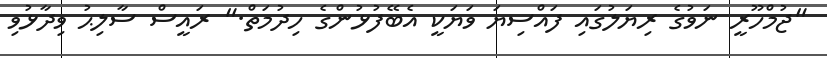
"ޖުމްހޫރީ ނަވުގެ ރިޔަލުގައި ފައްްސިޔަ ވަޔަކީ އެބޭފުޅުންގެ ހިދުމަތް." ރައީސް ސާލިޙު ވިދާޅުވި